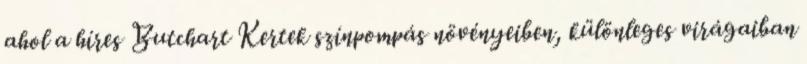
ahol a híres Butchart Kertek színpompás növényeiben, különleges virágaiban